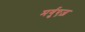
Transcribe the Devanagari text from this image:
मर्गुएज़